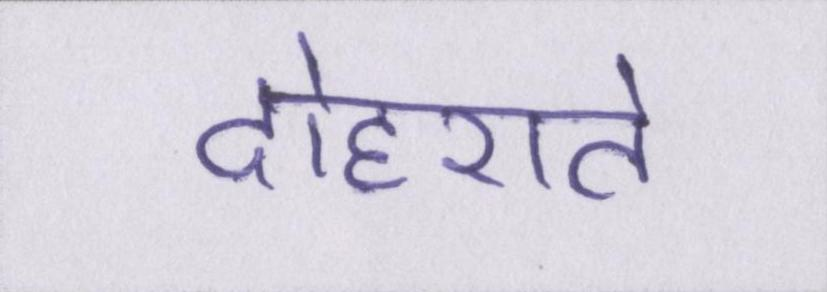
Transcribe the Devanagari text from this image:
दोहराते